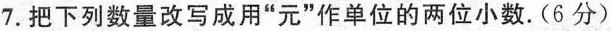
7.把下列数量改写成用”元”作单位的两位小数。(6分)